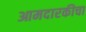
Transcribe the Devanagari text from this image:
आमदारकीचा